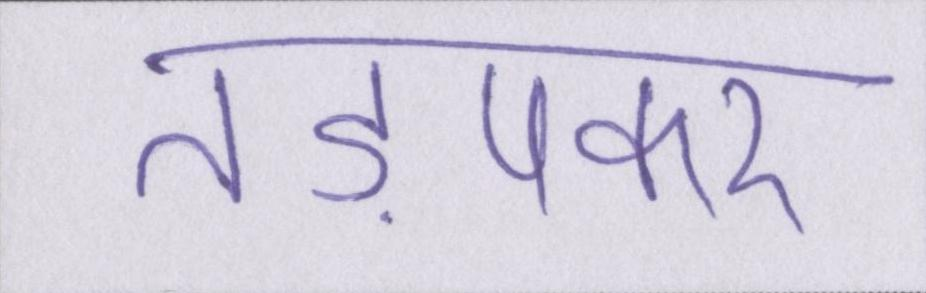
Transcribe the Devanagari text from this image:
तड़पकर